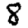
Digit: 8